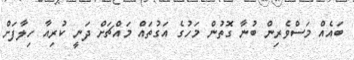
ބައެއް މަސްވެރިން ބުނާ ގޮތުން މަހުގެ އަގުތައް މައްޗަށް ދަނީ ކުރިއާ ހިލާފަށް